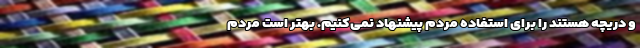
و دریچه هستند را برای استفاده مردم پیشنهاد نمی‌کنیم. بهتر است مردم